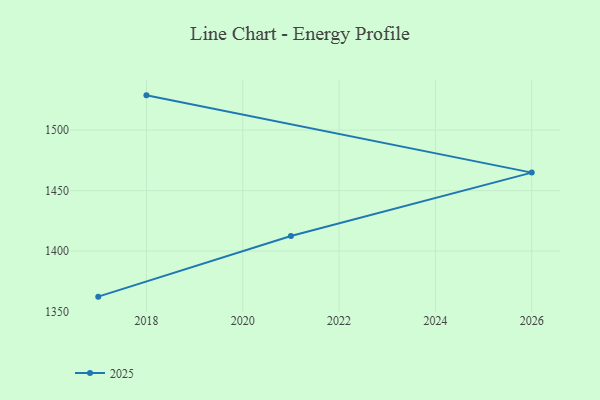
{"axis": {"x": "Year", "y": "Customer Acquisition Cost (USD)"}, "legend": ["2025"], "data": [{"x": "2018", "y": 1528.8, "type": "2025"}, {"x": "2026", "y": 1464.9, "type": "2025"}, {"x": "2021", "y": 1412.4, "type": "2025"}, {"x": "2017", "y": 1362.3, "type": "2025"}]}